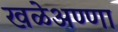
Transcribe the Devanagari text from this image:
खळेअण्णा